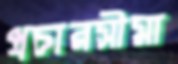
প্রচারসীমা